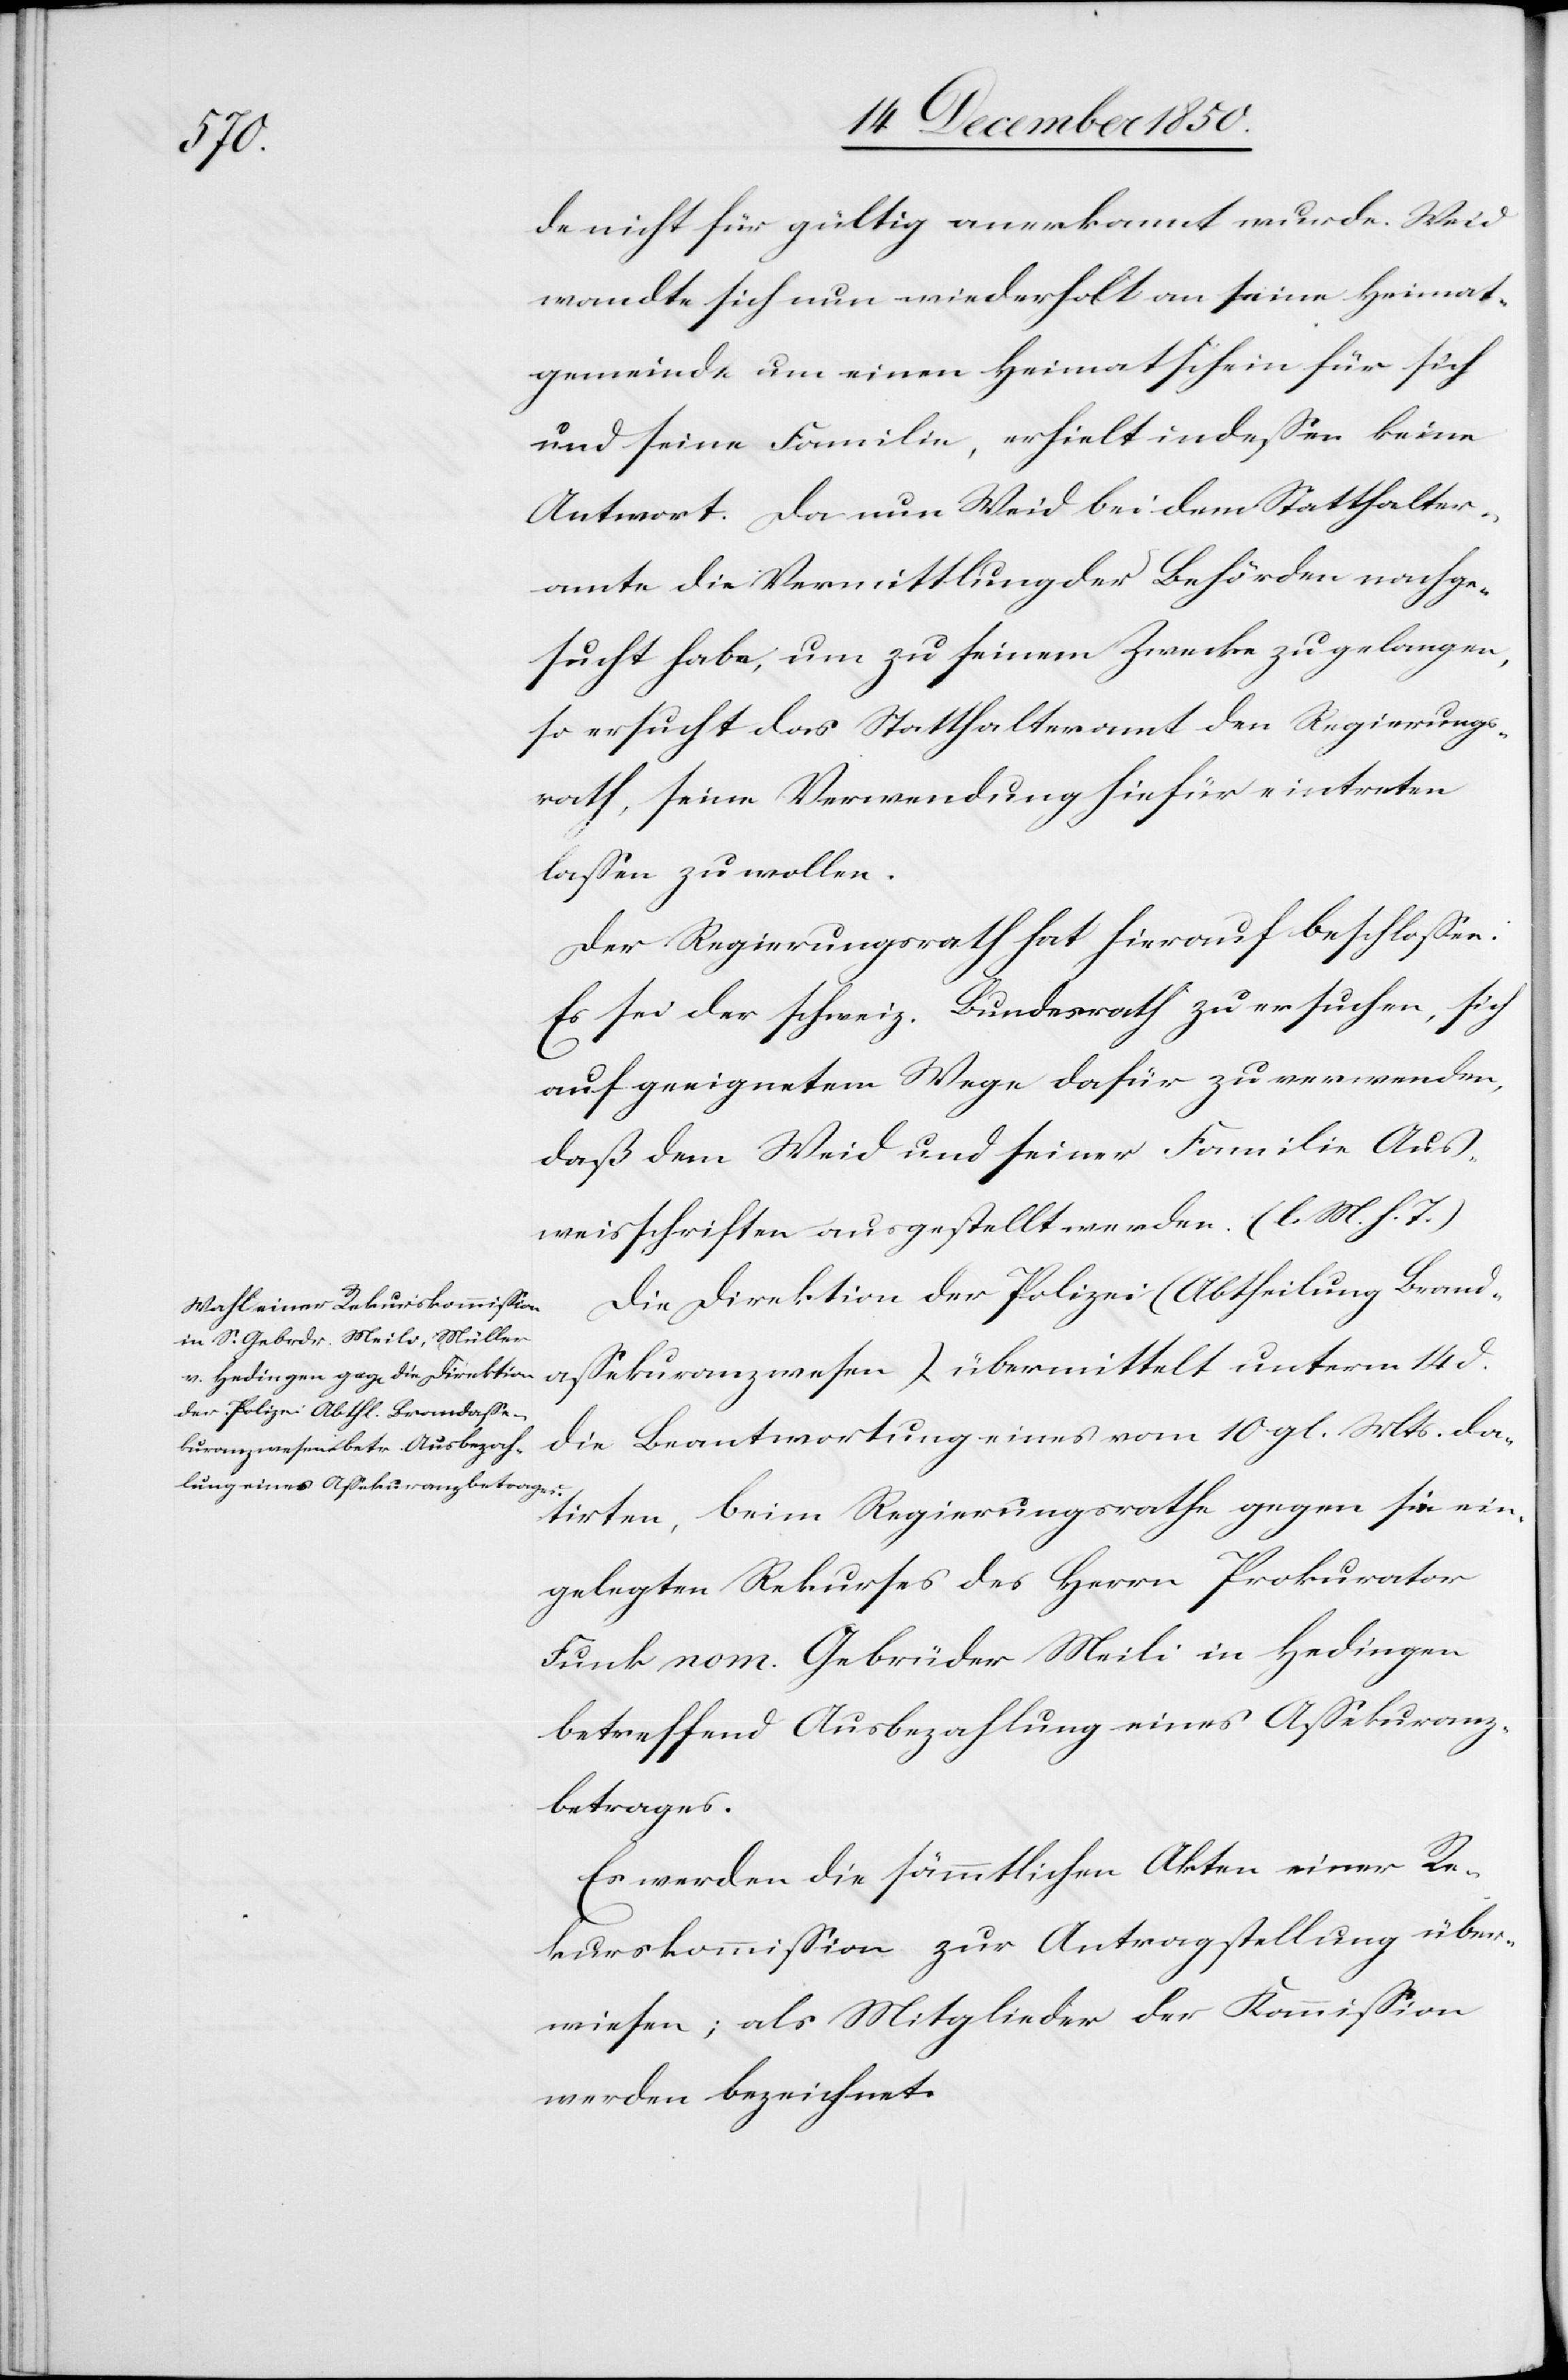
de nicht für gültig anerkannt wurde. Weid
wandte sich nun wiederholt an seine Heimat¬
gemeinde um einen Heimatschein für sich
und seine Familie, erhielt indessen keine
Antwort. Da nun Weid bei dem Statthalter¬
amte die Vermittlung der Behörden nachge¬
sucht habe, um zu seinem Zwecke zu gelangen,
so ersucht das Statthalteramt den Regierungs¬
rath, seine Verwendung hiefür eintreten
lassen zu wollen.
Der Regierungsrath hat hierauf beschlossen:
Es sei der schweiz. Bundesrath zu ersuchen, sich
auf geeignetem Wege dafür zu verwenden,
daß dem Weid und seiner Familie Aus¬
weisschriften ausgestellt werden. (l. M. h. T.)
Die Direktion der Polizei (Abtheilung Branda¬
ssekuranzwesen) übermittelt unterm 14 d.
die Beantwortung eines vom 10 gl. Mts. da¬
tirten, beim Regierungsrathe gegen sie ein¬
gelegten Rekurses des Herrn Prokurator
Funk nom. Gebrüder Meili in Hedingen
betreffend Ausbezahlung eines Assekuranz¬
betrages.
Es werden die sämmtlichen Akten einer Re¬
kurskommission zur Antragstellung über¬
wiesen; als Mitglieder der Kommission
werden bezeichnet: